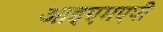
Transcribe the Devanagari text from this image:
आइएमएपी